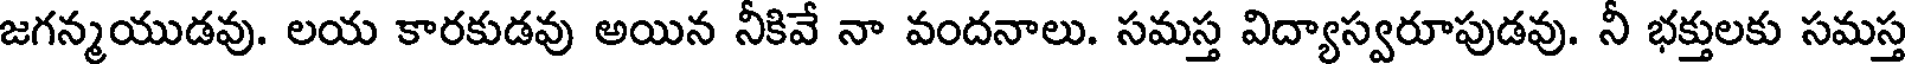
జగన్మయుడవు. లయ కారకుడవు అయిన నీకివే నా వందనాలు. సమస్త విద్యాస్వరూపుడవు. నీ భక్తులకు సమస్త